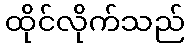
ထိုင်လိုက်သည်